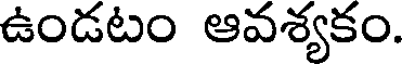
ఉండటం ఆవశ్యకం.